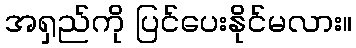
အရှည်ကို ပြင်ပေးနိုင်မလား။